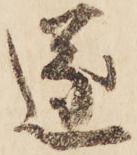
遂